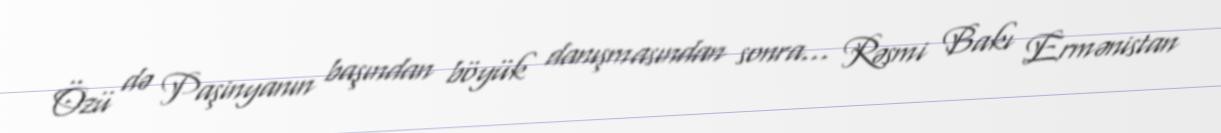
Özü də Paşinyanın başından böyük danışmasından sonra... Rəsmi Bakı Ermənistan